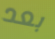
بعد